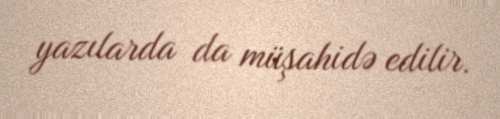
yazılarda da müşahidə edilir.